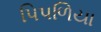
પિપળિયા